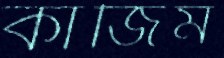
কাজিম